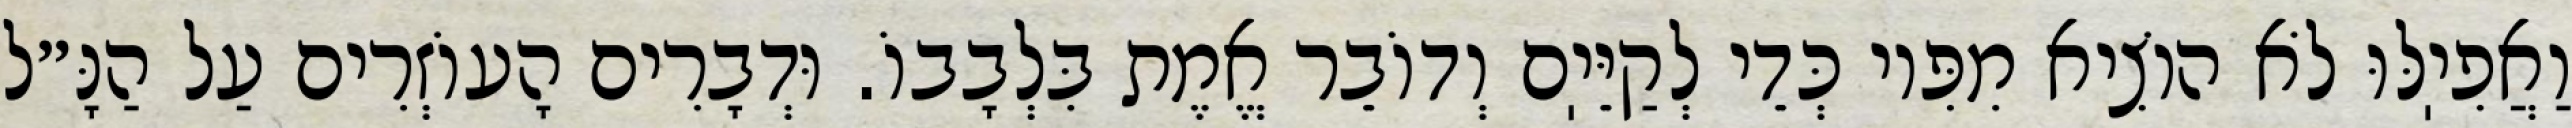
וַאֲפִיֽלּוּ לֹא הוֹצִיא מִפִּיו כְּדֵי לְקַיֵּיֽם וְדוֹבֵר אֱמֶת בִּלְבָבוֹ. וּדְבָרִים הָעוֹזְרִים עַל הַנָּ״ל